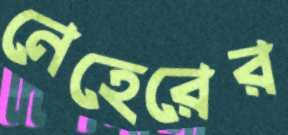
নেহেরের